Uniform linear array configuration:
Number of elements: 8
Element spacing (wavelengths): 0.25
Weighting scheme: blackman
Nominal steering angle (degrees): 15
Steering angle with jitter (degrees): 16.454
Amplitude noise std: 0.05
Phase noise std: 0.05

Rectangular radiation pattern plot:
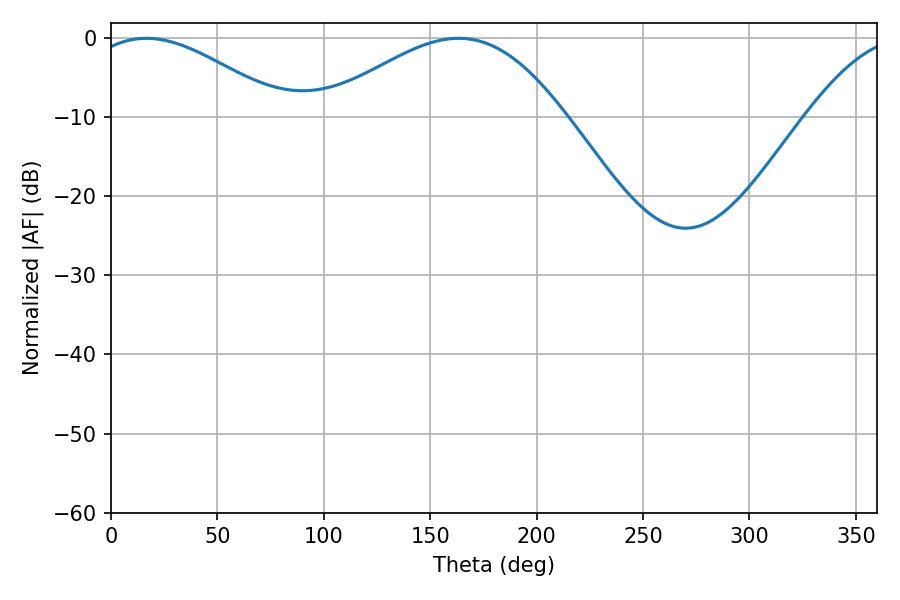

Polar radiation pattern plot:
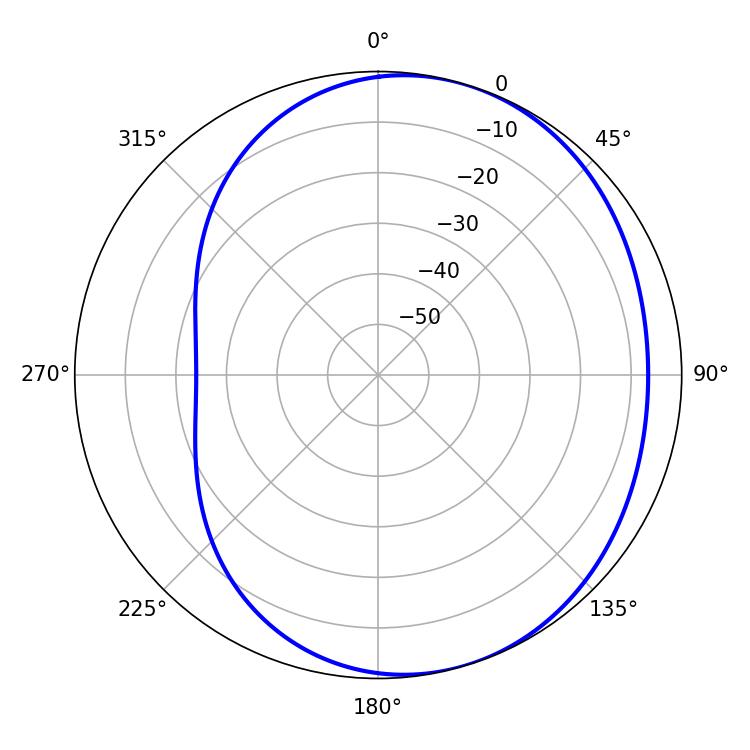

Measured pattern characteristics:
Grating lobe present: FALSE
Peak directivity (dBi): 3.91
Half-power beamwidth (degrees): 50.22
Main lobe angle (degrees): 16.74